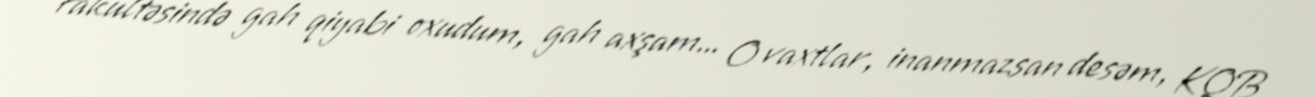
fakultəsində gah qiyabi oxudum, gah axşam... O vaxtlar, inanmazsan desəm, KQB